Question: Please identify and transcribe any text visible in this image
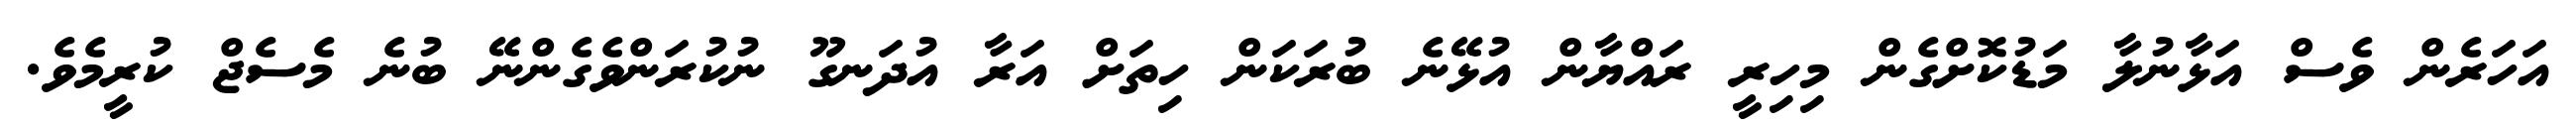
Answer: އަހަރެން ވެސް އަޅާނުލާ މަޑުކޮށްގެން މިހިރީ ރައްޔާން އުޅޭނެ ބުރަކަން ހިތަށް އަރާ އުދަނގޫ ނުކުރަންވެގެންނޭ ބުނެ މެސެޖް ކުރީމެވެ.